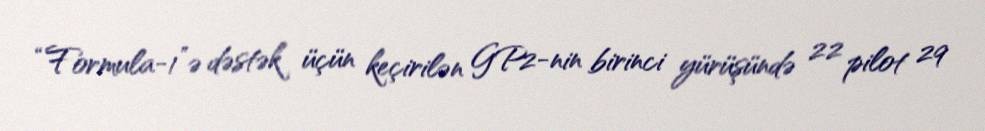
“Formula-1”ə dəstək üçün keçirilən GP2-nin birinci yürüşündə 22 pilot 29